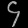
Digit: ၄